Malaria in the Punjab - Number 46
Disease focus: Malaria
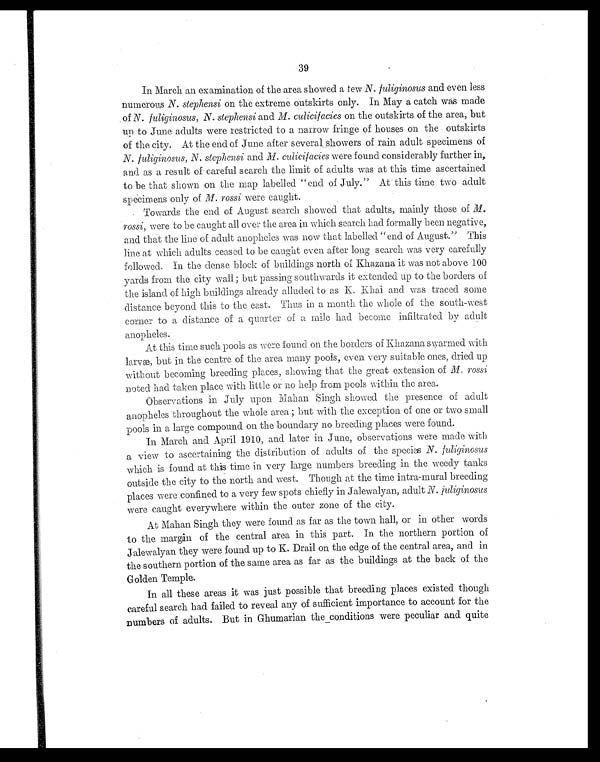
39
In March an examination of the area showed a few N. fuliginosus and even less
numerous N. stephensi on the extreme outskirts only. In May a catch was made
of N. fuliginosus, N. stephensi and M. culicifacies on the outskirts of the area, but
up to June adults were restricted to a narrow fringe of houses on the outskirts
of the city. At the end of June after several showers of rain adult specimens of
N. fuliginosus, N. stephensi and M. culicifacies were found considerably further in,
and as a result of careful search the limit of adults was at this time ascertained
to be that shown on the map labelled "end of July." At this time two adult
specimens only of M. rossi were caught.
Towards the end of August search showed that adults, mainly those of M.
rossi, were to be caught all over the area in which search had formally been negative,
and that the line of adult anopheles was now that labelled "end of August." This
line at which adults ceased to be caught even after long search was very carefully
followed. In the dense block of buildings north of Khazana it was not above 100
yards from the city wall; but passing southwards it extended up to the borders of
the island of high buildings already alluded to as K. Khai and was traced some
distance beyond this to the east. Thus in a month the whole of the south-west
corner to a distance of a quarter of a mile had become infiltrated by adult
anopheles.
At this time such pools as were found on the borders of Khazana swarmed with
larvæ, but in the centre of the area many pools, even very suitable ones, dried up
without becoming breeding places, showing that the great extension of M. rossi
noted had taken place with little or no help from pools within the area.
Observations in July upon Mahan Singh showed the presence of adult
anopheles throughout the whole area; but with the exception of one or two small
pools in a large compound on the boundary no breeding places were found.
In March and April 1910, and later in June, observations were made with
a view to ascertaining the distribution of adults of the species N. fuliginosus
which is found at this time in very large numbers breeding in the weedy tanks
outside the city to the north and west. Though at the time intra-mural breeding
places were confined to a very few spots chiefly in Jalewalyan, adult N. fuliginosus
were caught everywhere within the outer zone of the city.
At Mahan Singh they were found as far as the town hall, or in other words
to the margin of the central area in this part. In the northern portion of
Jalewalyan they were found up to K. Drail on the edge of the central area, and in
the southern portion of the same area as far as the buildings at the back of the
Golden Temple.
In all these areas it was just possible that breeding places existed though
careful search had failed to reveal any of sufficient importance to account for the
numbers of adults. But in Ghumarian the_conditions were peculiar and quite